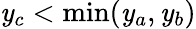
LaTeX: \mathit{y}_{c}<\operatorname*{min}(\mathit{y}_{a},\mathit{y}_{b})